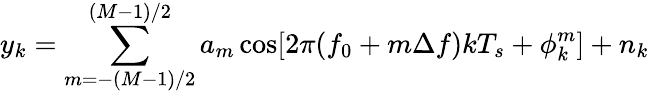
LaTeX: y_{k}=\sum_{m=-(M{-}1)/2}^{(M{-}1)/2}a_{m}\cos[2\pi(f_{0}+m\Delta f)kT_{s}+\phi_{k}^{m}]+n_{k}